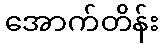
အောက်တိန်း